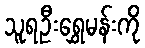
သူရဦးရွှေမန်းကို